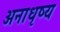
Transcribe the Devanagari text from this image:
अनाधृष्य